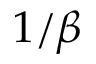
1 / \beta